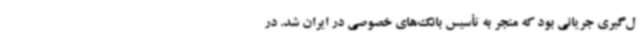
ل‌گیری جریانی بود که منجر به تأسیس بانک‌های خصوصی در ایران شد. در